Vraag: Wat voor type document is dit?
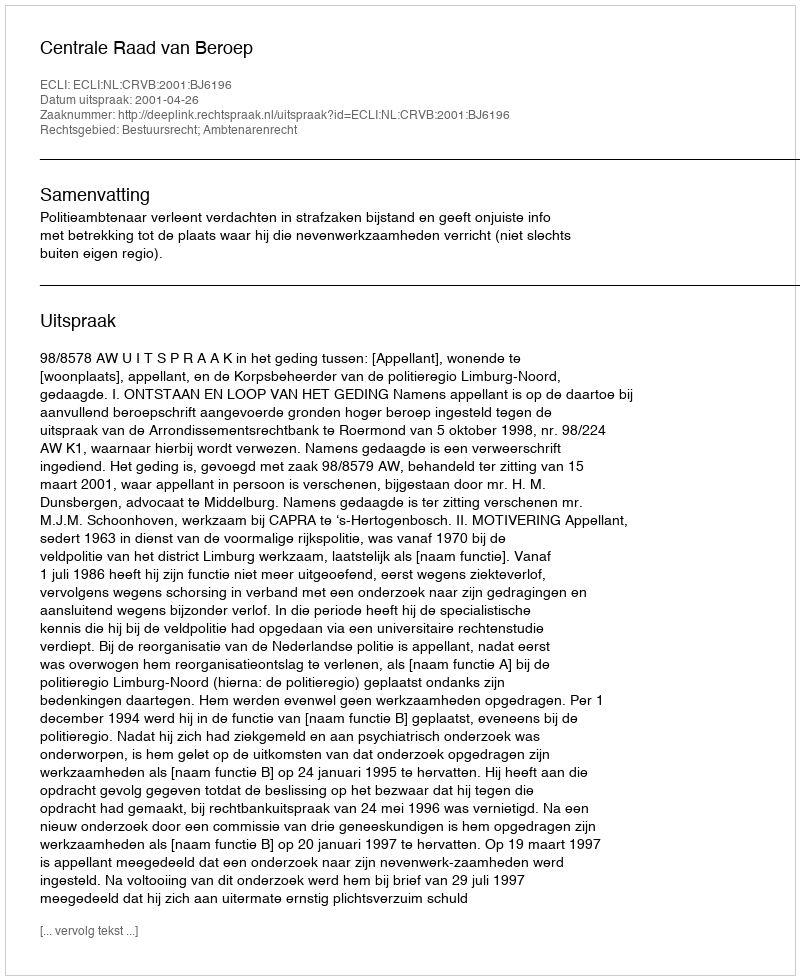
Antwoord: Uitspraak